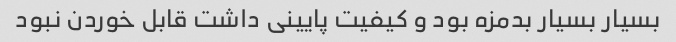
بسیار بسیار بدمزه بود و کیفیت پایینی داشت قابل خوردن نبود